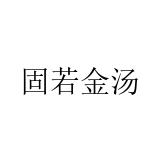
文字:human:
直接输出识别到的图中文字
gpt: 固若金汤